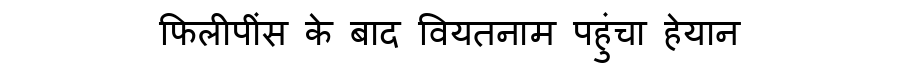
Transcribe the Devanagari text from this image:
फिलीपींस के बाद वियतनाम पहुंचा हेयान